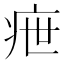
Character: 疶